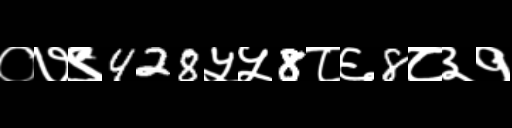
Text: ०७९428५५8८६8८३१